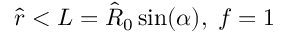
\hat { r } < L = \hat { R } _ { 0 } \sin ( \alpha ) , \; f = 1